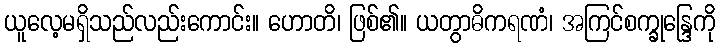
ယူလေ့မရှိသည်လည်းကောင်း။ ဟောတိ၊ ဖြစ်၏။ ယတွာဓိကရဏံ၊ အကြင်စက္ခုန္ဒြေကို